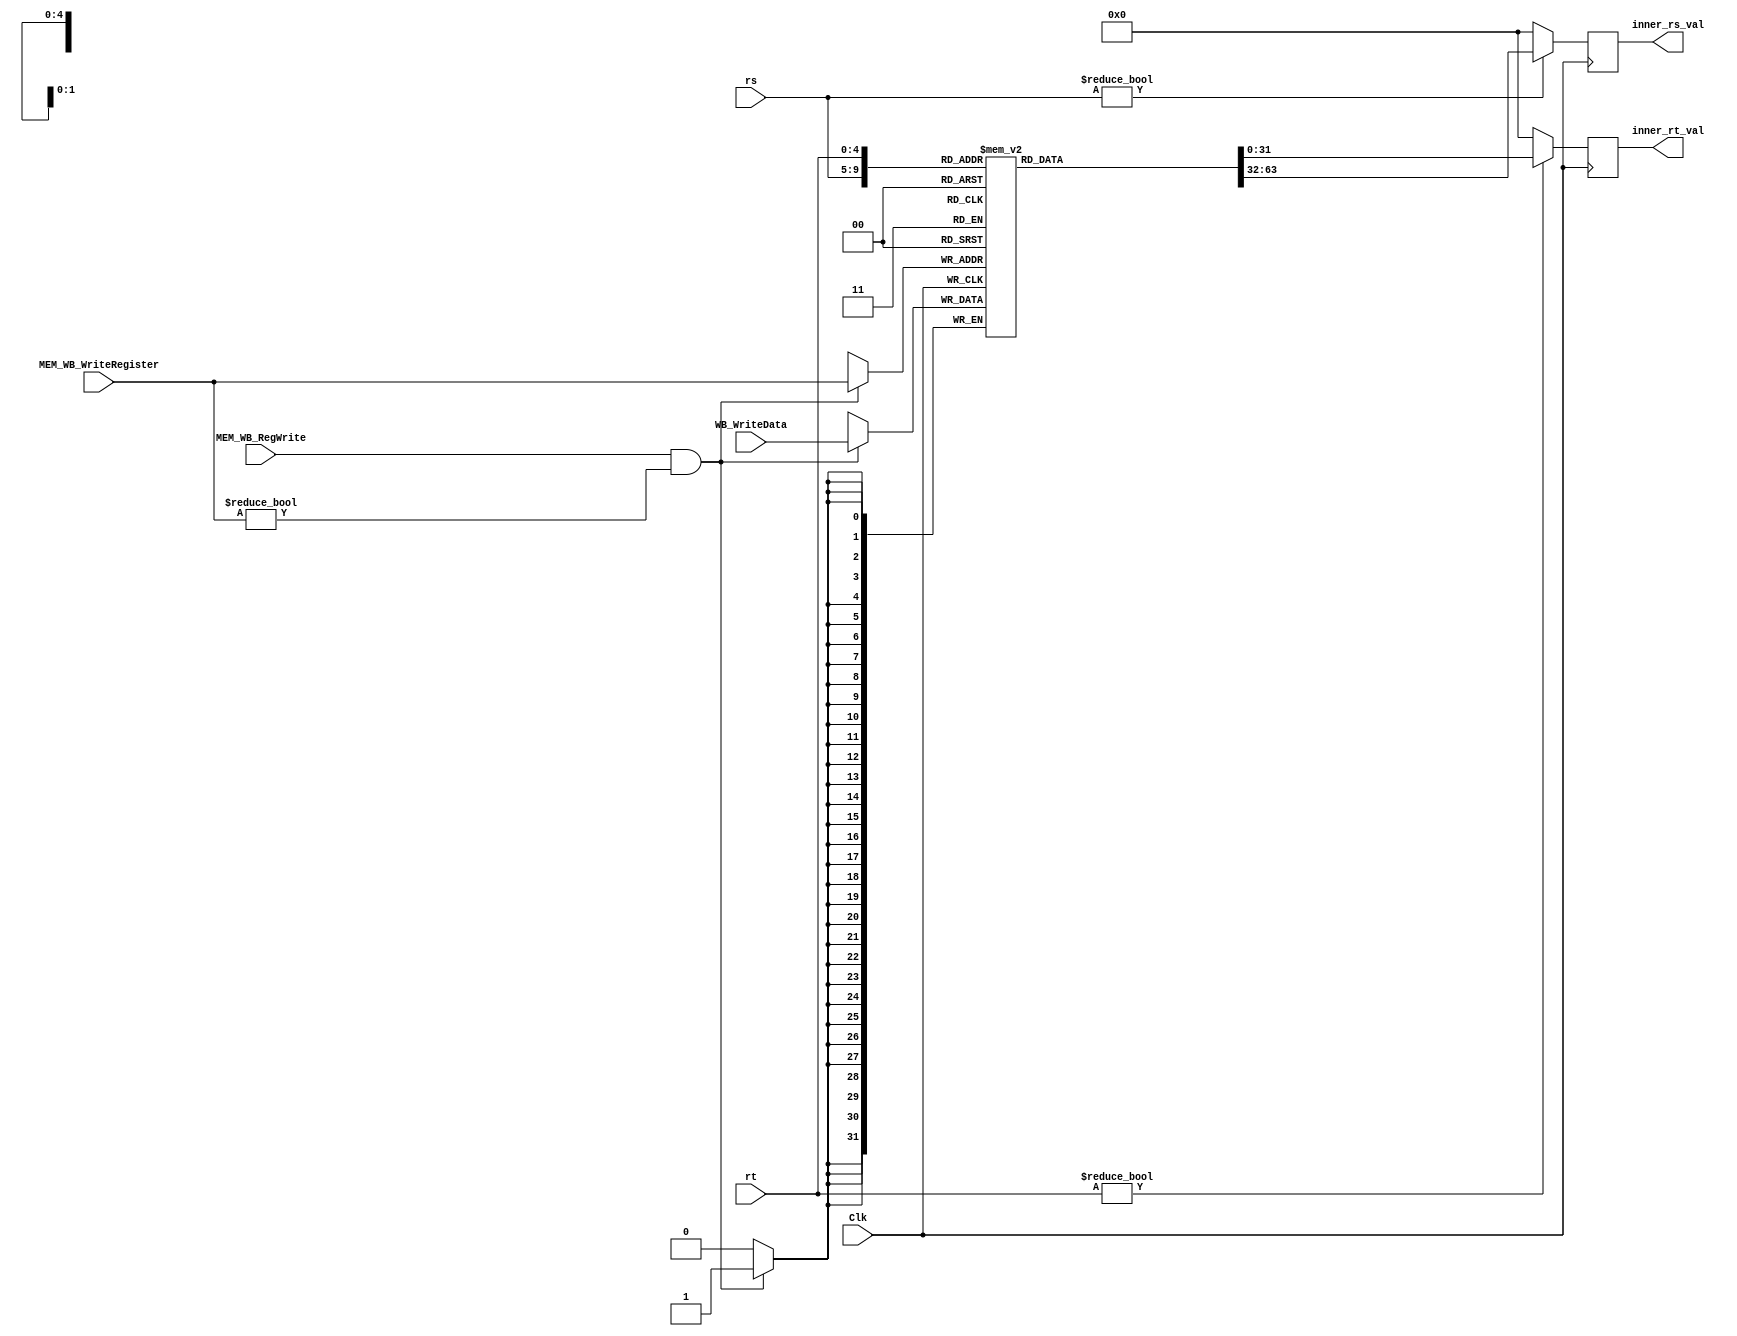
`timescale 1ns / 1ps
`default_nettype none

module RegisterFile(rs, rt, MEM_WB_WriteRegister, WB_WriteData, MEM_WB_RegWrite,
                    Clk, inner_rs_val, inner_rt_val);

	/* Please fill in the implementation here... */
	input [4:0] rs, rt, MEM_WB_WriteRegister; 
	input [31:0] WB_WriteData; 
	input wire MEM_WB_RegWrite, Clk;
	 
	reg [31:0] regFile [31:0]; 
	
	
	output reg [31:0] inner_rs_val, inner_rt_val; 
	
    always@(posedge Clk) begin
	   if(MEM_WB_RegWrite && (MEM_WB_WriteRegister != 0)) begin
	       regFile[MEM_WB_WriteRegister] <= WB_WriteData; 
	   end
	end
	
	always@(negedge Clk) begin
	   if(rs != 0)
	       inner_rs_val <= regFile[rs]; 
	   else
	       inner_rs_val <= 32'b0;
	   if(rt != 0)
	       inner_rt_val <= regFile[rt]; 
	   else
	       inner_rt_val <= 32'b0;
	end

endmodule